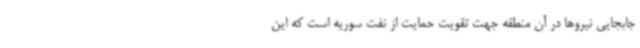
جابجایی نیروها در آن منطقه جهت تقویت حمایت از نفت سوریه است که این